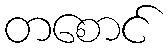
တစောင်